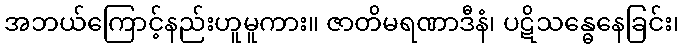
အဘယ်ကြောင့်နည်းဟူမူကား။ ဇာတိမရဏာဒီနံ၊ ပဋိသန္ဓေနေခြင်း၊